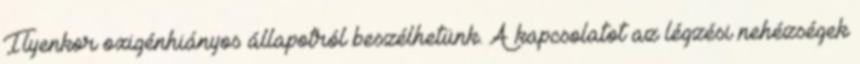
Ilyenkor oxigénhiányos állapotról beszélhetünk. A kapcsolatot az légzési nehézségek